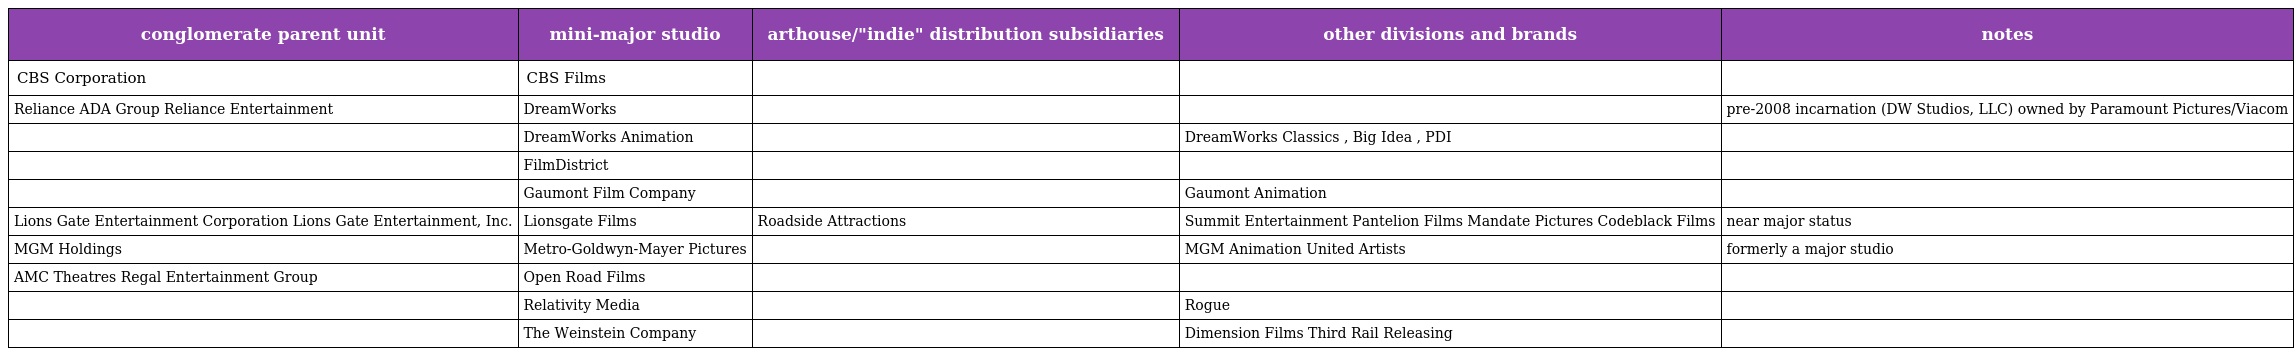
| conglomerate parent unit | mini-major studio | arthouse/"indie" distribution subsidiaries | other divisions and brands | notes |
 | --- | --- | --- | --- | --- |
 | CBS Corporation | CBS Films |  |  |  |
 | Reliance ADA Group Reliance Entertainment | DreamWorks |  |  | pre-2008 incarnation (DW Studios, LLC) owned by Paramount Pictures/Viacom |
 |  | DreamWorks Animation |  | DreamWorks Classics , Big Idea , PDI |  |
 |  | FilmDistrict |  |  |  |
 |  | Gaumont Film Company |  | Gaumont Animation |  |
 | Lions Gate Entertainment Corporation Lions Gate Entertainment, Inc. | Lionsgate Films | Roadside Attractions | Summit Entertainment Pantelion Films Mandate Pictures Codeblack Films | near major status |
 | MGM Holdings | Metro-Goldwyn-Mayer Pictures |  | MGM Animation United Artists | formerly a major studio |
 | AMC Theatres Regal Entertainment Group | Open Road Films |  |  |  |
 |  | Relativity Media |  | Rogue |  |
 |  | The Weinstein Company |  | Dimension Films Third Rail Releasing |  |